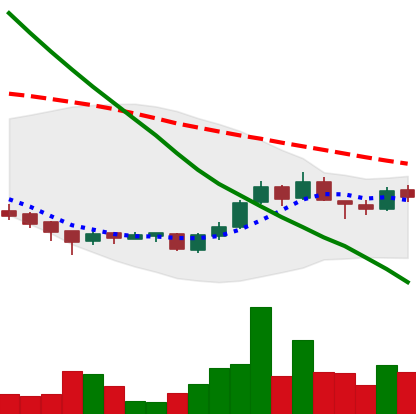
Ticker: ADA-USD
Chart end date: 2018-09-28
Forward return: -3.859%
Label: down_3_5